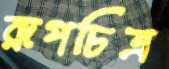
রূপচিত্র